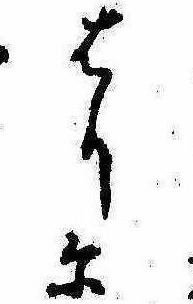
はりに